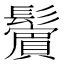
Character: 𩯭